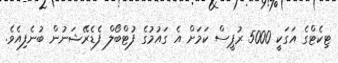
ޓިކެޓްގެ އަގަކީ 5000 ރުޕީސް ކަމަށް އެ ގައުމުގެ ފުޓްބޯލް ފެޑެރޭޝަނުން ބުނެފިއެވެ.